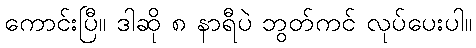
ကောင်းပြီ။ ဒါဆို ၈ နာရီပဲ ဘွတ်ကင် လုပ်ပေးပါ။